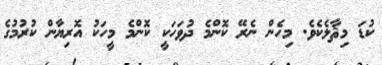
ކުޑަ މިޘާލެކެވެ. މިހެން ނެރޭ ކޮންމެ ދުވަހަކީ ކޮންމެ މީހަކު އޮރިޔާން ކުރުމުގެ